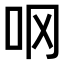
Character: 𫩚